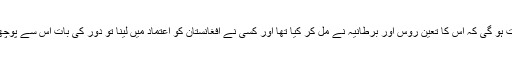
آپ کو جان کر حیرت ہو گی کہ اس کا تعین روس اور برطانیہ نے مل کر کیا تھا اور کسی نے افغانستان کو اعتماد میں لینا تو دور کی بات اس سے پوچھنا تک گوارا نہ کیا ۔